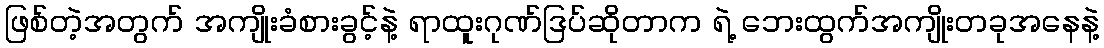
ဖြစ်တဲ့အတွက် အကျိုးခံစားခွင့်နဲ့ ရာထူးဂုဏ်ဒြပ်ဆိုတာက ရဲ့ ဘေးထွက်အကျိုးတခုအနေနဲ့